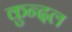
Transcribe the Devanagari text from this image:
कुन्दल